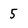
Character: 5